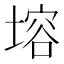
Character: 塎